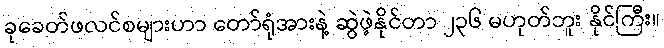
ခုခေတ်ဖလင်စများဟာ တော်ရုံအားနဲ့ ဆွဲဖဲ့နိုင်တာ ၂၃၆ မဟုတ်ဘူး နိုင်ကြီး။